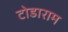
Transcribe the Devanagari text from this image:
टोडाराम